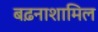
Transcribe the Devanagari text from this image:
बढ़नाशामिल